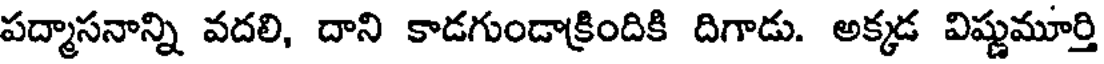
పద్మాసనాన్ని వదలి, దాని కాడగుండాక్రిందికి దిగాడు. అక్కడ విష్ణుమూర్తి